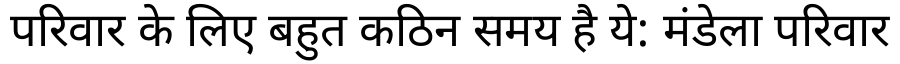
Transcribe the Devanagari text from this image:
परिवार के लिए बहुत कठिन समय है ये: मंडेला परिवार